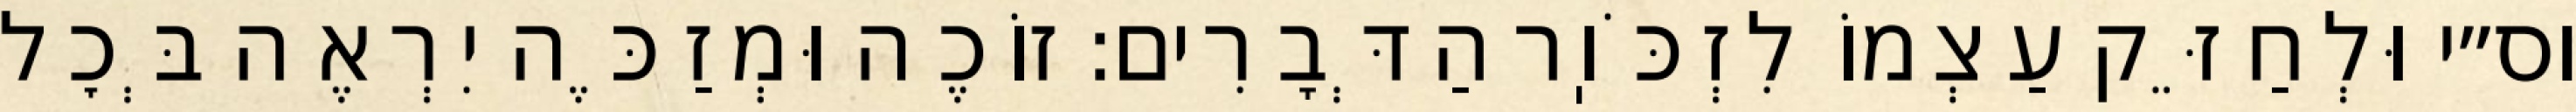
וס״י וּלְחַזֵּק עַצְמוֹ לִזְכֹּוֽר הַדְּבָרִים: זוֹכֶה וּמְזַכֶּה יִרְאֶה בְּכׇל